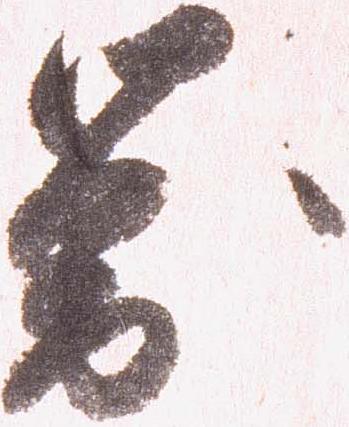
対